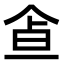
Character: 𩚃